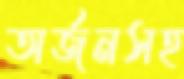
অর্জনসহ